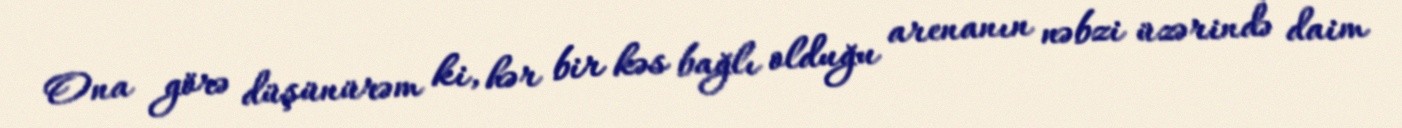
Ona görə düşünürəm ki, hər bir kəs bağlı olduğu arenanın nəbzi üzərində daim